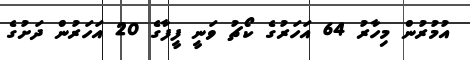
އުމުރުން މިހާރު 64 އަހަރުގެ ކޯޗު ވަނީ ފީފާގެ 20 އަހަރުން ދަށުގެ